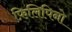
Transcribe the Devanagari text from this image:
फ़िलिपिनो